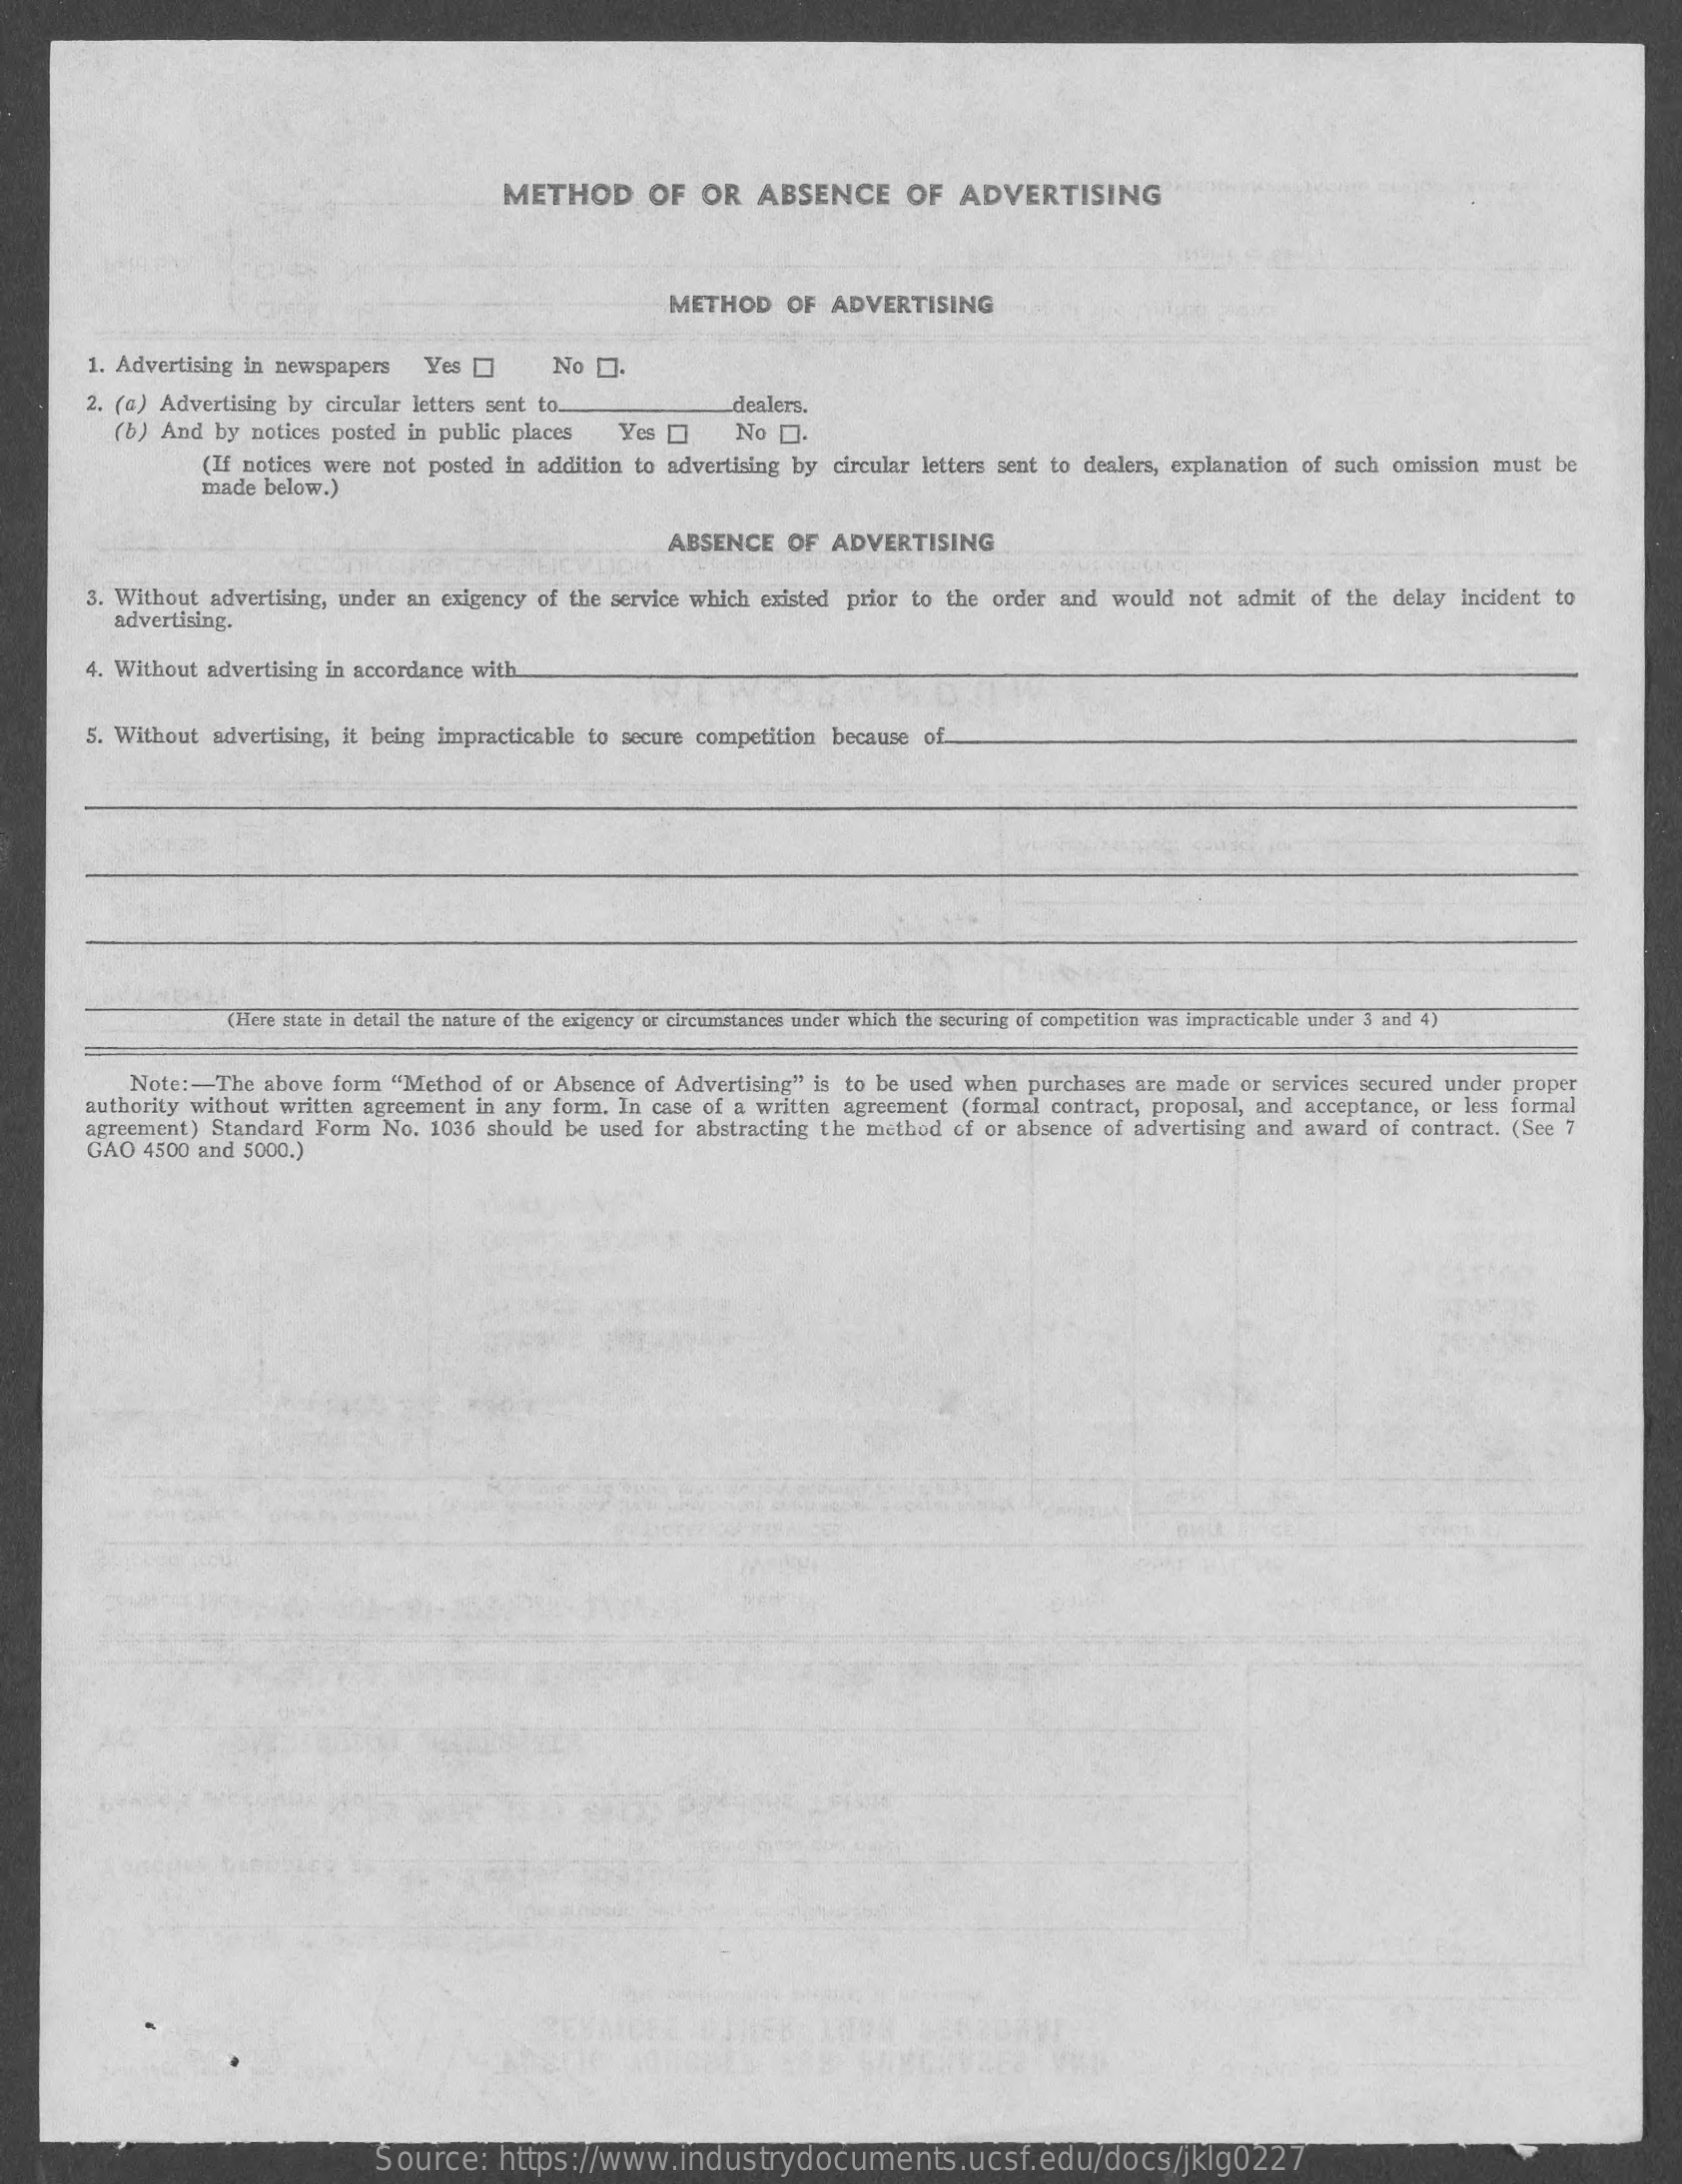
METHOD    OF  OR   ABSENCE    OF  ADVERTISING
     METHOD   OF  ADVERTISING
     1. Advertising in newspapers Yes    No 0.
     2. (a) Advertising by circular letters sent to.    dealers.
     (b) And by notices posted in public places Yes [] No D.
     (If notices were not posted In addition to advertising by circular letters sent to dealers, explanation of such omission must be
     made below.)
     ABSENCE  OF  ADVERTISING
     3. Without advertising, under an exigency of the service which existed prior to the order and would not admit of the delay incident to
     advertising.
     4. Without advertising in accordance with.
     5. Without advertising, it being impracticable to secure competition because of.
     (Here atate in detail the nature of the exigency or circumstances under which the securing of competition was impracticable under 3 and 4)
     Note :- The above form "Method of or Absence of Advertising" is to be used when purchases are made or services secured under proper
     authority without written agreement in any form. In case of a written agreement (formal contract, proposal, and acceptance, or less formal
     GAO 4500 and 5000.)
     agreement) Standard Form No. 1036 should be used for abstracting the method of or absence of advertising and award of contract. (See 7
     Source:   https://www.industrydocuments.ucsf.edu/docs/jklg0227